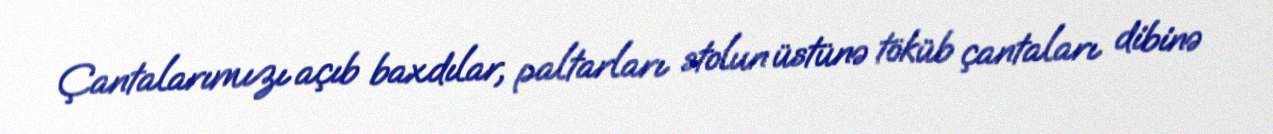
Çantalarımızı açıb baxdılar, paltarları stolun üstünə töküb çantaları dibinə